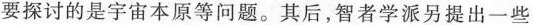
要探讨的是宇宙本原等问题。其后，智者学派另提出一些